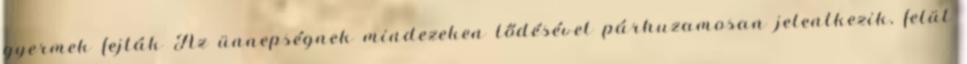
gyermek fejták Az ünnepségnek mindezeken lődésével párhuzamosan jelentkezik, felül